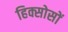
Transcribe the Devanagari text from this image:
हिक्सोसों